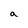
Character: a